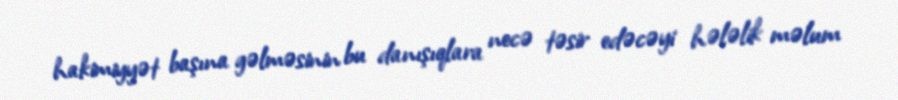
hakimiyyət başına gəlməsinin bu danışıqlara necə təsir edəcəyi hələlik məlum